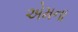
એમના